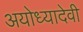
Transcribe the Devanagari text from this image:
अयोध्यादेवी